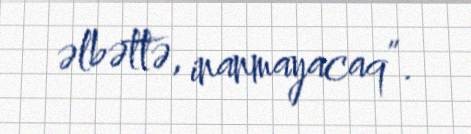
əlbəttə, inanmayacaq”.